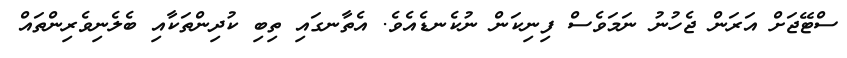
ސްޓޭޖަށް އަރަން ޖެހުނު ނަމަވެސް ފިނިކަން ނުކެނޑެއެވެ. އެތާނގައި ތިބި ކުދިންތަކާއި ބެލެނިވެރިންތައް